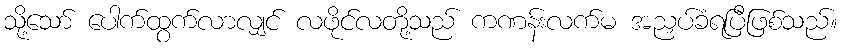
သို့သော် ပေါက်ထွက်လာလျှင် လဖိုင်လတို့သည် ကဏန်းလက်မ အညှပ်ခံရပြီဖြစ်သည်။